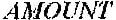
AMOUNT